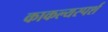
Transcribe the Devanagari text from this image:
काकल्यस्पर्श